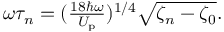
\begin{array} { r } { \omega \tau _ { n } = ( \frac { 1 8 \hbar \omega } { U _ { \mathrm { p } } } ) ^ { 1 / 4 } { \sqrt { \zeta _ { n } - \zeta _ { 0 } } } . } \end{array}